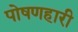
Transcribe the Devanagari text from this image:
पोषणहारी